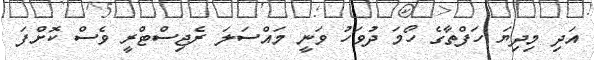
އަދި މިދިޔަ ހަފްތާގެ ހޯމަ ދުވަހު ވަނީ މައްސަލަ ރެޖިސްޓްރީ ވެސް ކޮށްފަ